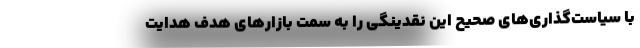
با سیاست‌گذاری‌های صحیح این نقدینگی را به سمت بازارهای هدف هدایت